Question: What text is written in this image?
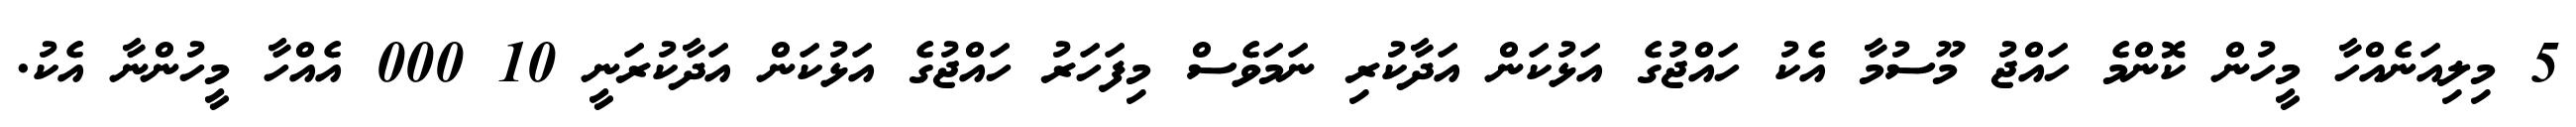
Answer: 5 މިލިއަނެއްހާ މީހުން ކޮންމެ ހައްޖު މޫސުމާ އެކު ހައްޖުގެ އަޅުކަން އަދާކުރި ނަމަވެސް މިފަހަރު ހައްޖުގެ އަޅުކަން އަދާކުރަނީ 10 000 އެއްހާ މީހުންނާ އެކު.